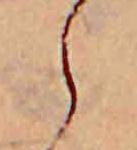
ら